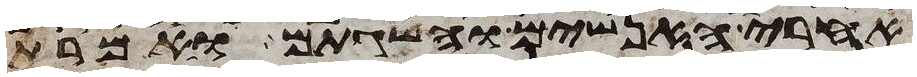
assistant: אחרי האנשים והשגתם ואמרת